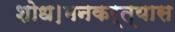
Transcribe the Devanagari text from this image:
शोध।मनकर्त्यास